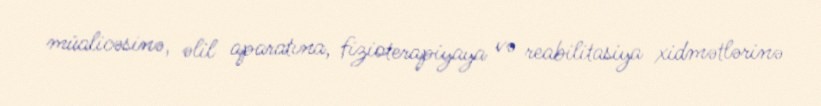
müalicəsinə, əlil aparatına, fizioterapiyaya və reabilitasiya xidmətlərinə